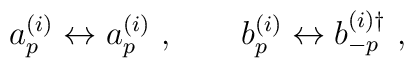
a^{(i)}_p \leftrightarrow a^{(i)}_p \ , \qquad b^{(i)}_p \leftrightarrow b^{(i)\dagger}_{-p} \ ,